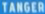
TANGER